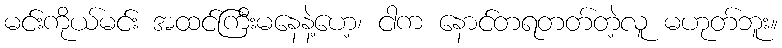
မင်းကိုယ်မင်း အထင်ကြီးမနေနဲ့ဟေ့၊ ငါက နောင်တရတတ်တဲ့လူ မဟုတ်ဘူး။